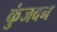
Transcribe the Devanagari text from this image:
कुंजवन